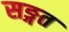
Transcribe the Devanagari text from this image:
सङ्गत